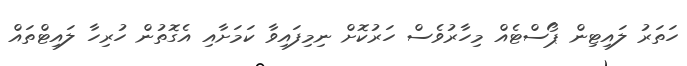
ހަތަރު ލައިޓިން ޕޯސްޓެއް މިހާރުވެސް ހަރުކޮށް ނިމިފައިވާ ކަމަށާއި އެގޮތުން ހުރިހާ ލައިޓްތައް